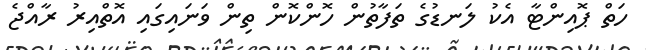
ހަތް ޕޮއިންޓާ އެކު ލަނޑުގެ ތަފާތުން ހޮންކޮން ތިން ވަނައިގައި އޮތްއިރު ރާއްޖެ